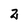
Character: 2